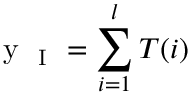
\mathrm { ~ y ~ } _ { \mathrm { ~ I ~ } } = \sum _ { i = 1 } ^ { l } T ( i )